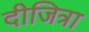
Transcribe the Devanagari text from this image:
दीजित्रा